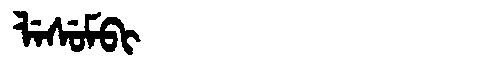
Manchu: ᠯᡝᠰᡠᠮᠪᡳ
Romanization: LESUMBI